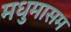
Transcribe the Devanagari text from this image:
मधुमासम